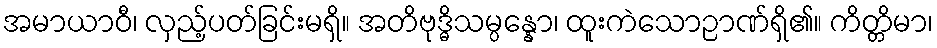
အမာယာဝီ၊ လှည့်ပတ်ခြင်းမရှိ။ အတိဗုဒ္ဓိသမ္ပန္နော၊ ထူးကဲသောဉာဏ်ရှိ၏။ ကိတ္တိမာ၊